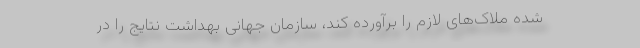
شده ملاک‌های لازم را برآورده کند، سازمان جهانی بهداشت نتایج را در